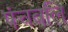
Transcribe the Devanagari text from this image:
पंचबलि